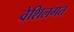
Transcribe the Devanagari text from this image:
वेशिलगत